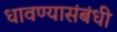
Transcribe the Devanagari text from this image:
धावण्यासंबंधी